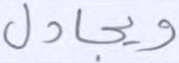
ويجادل